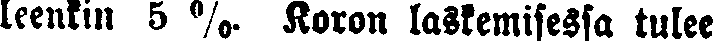
leenfin 5 % Koron laskemisessa tulee